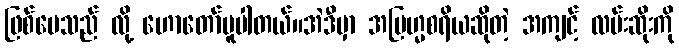
ဖြစ်ပေသည် လို့ ဟောတော်မူပါတယ်။အဲဒီမှာ အဗြဟ္မစရိယဆိုတဲ့ အကျင့် လမ်းဆိုးကို